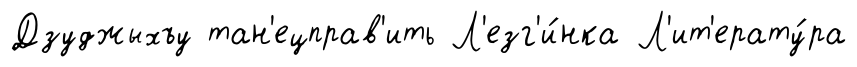
Дзуджыхъу тан'ецправ'ить Л'езг'и́нка Л'ит'ерату́ра